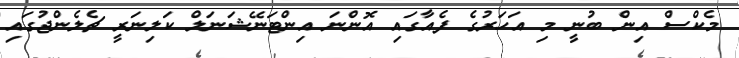
މެކްސް އިން ބުނީ މި އަހަރުގެ ފެއާގައި އޮންނަ އިންޓަނޭޝަނަލް ކަލިނަރީ ޗެލެންޖުގައި